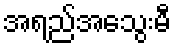
အရည်အသွေးမီ